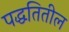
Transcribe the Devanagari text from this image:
पद्धतितील